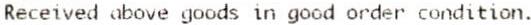
RECEIVED ABOVE GOODS IN GOOD ORDER CONDITION.